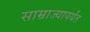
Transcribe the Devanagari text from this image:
साम्राज्यापर्यंत